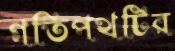
গতিপথটির